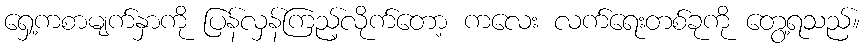
ရှေ့ကစာမျက်နှာကို ပြန်လှန်ကြည့်လိုက်တော့ ကလေး လက်ရေးတစ်ခုကို တွေ့ရသည်။